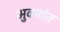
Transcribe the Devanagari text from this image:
भुवयांत